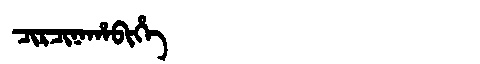
Manchu: ᠴᡳᡵᠴᡳᠨᠠᡥᠠᠪᡳᡥᡝ
Romanization: CIRCINAHABIHE